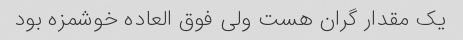
یک مقدار گران هست ولی فوق العاده خوشمزه بود